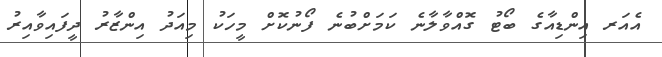
އެއަރ އިންޑިއާގެ ބޯޓު ގޮއްވާލާނެ ކަމަށްބުނެ ފޯނުކޮށް މީހަކު މިއަދު އިންޒާރު ދީފައިވާއިރު